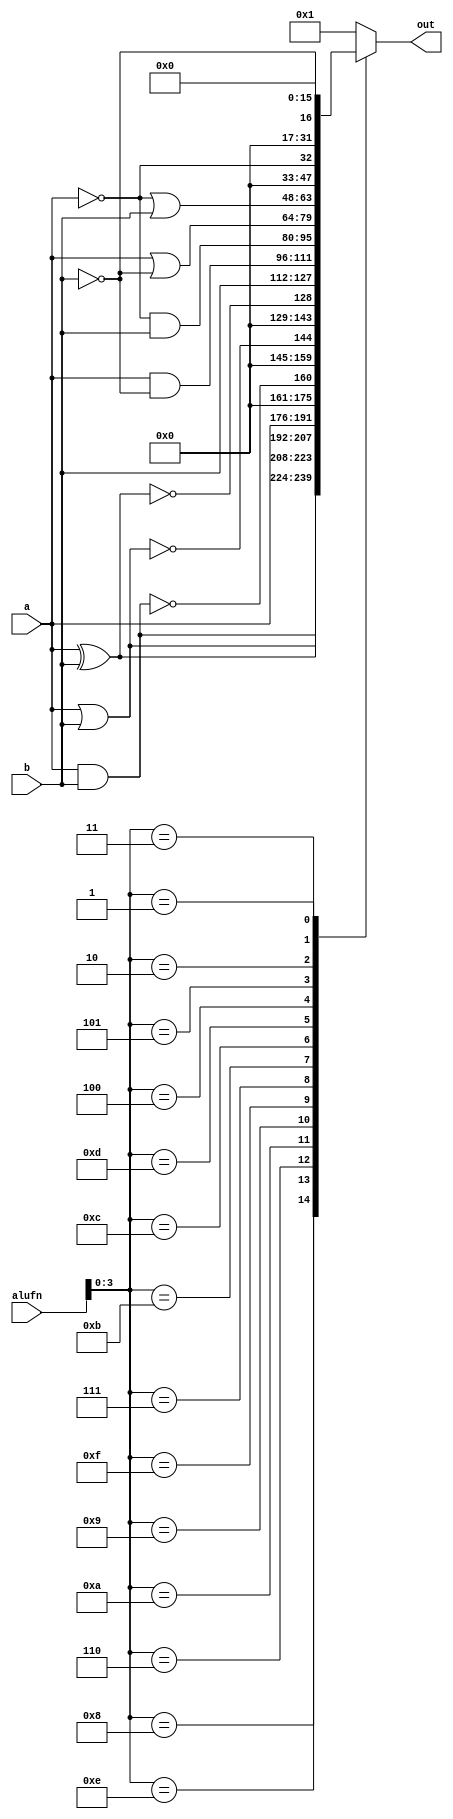
/*
   This file was generated automatically by the Mojo IDE version B1.3.6.
   Do not edit this file directly. Instead edit the original Lucid source.
   This is a temporary file and any changes made to it will be destroyed.
*/

module boolean_unit_30 (
    input [5:0] alufn,
    input [15:0] a,
    input [15:0] b,
    output reg [15:0] out
  );
  
  
  
  always @* begin
    
    case (alufn[0+3-:4])
      4'h8: begin
        out = a & b;
      end
      4'he: begin
        out = a | b;
      end
      4'h6: begin
        out = a ^ b;
      end
      4'ha: begin
        out = a;
      end
      4'h9: begin
        out = !(a & b);
      end
      4'hf: begin
        out = !(a | b);
      end
      4'h7: begin
        out = !(a ^ b);
      end
      4'hb: begin
        out = b;
      end
      4'hc: begin
        out = a & !b;
      end
      4'hd: begin
        out = !a & b;
      end
      4'h4: begin
        out = a | !b;
      end
      4'h5: begin
        out = !a | b;
      end
      4'h2: begin
        out = !a;
      end
      4'h3: begin
        out = !b;
      end
      4'h1: begin
        out = 16'h0000;
      end
      default: begin
        out = 16'h0001;
      end
    endcase
  end
endmodule